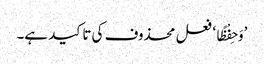
’وَحِفْظًا‘ فعل محذوف کی تاکید ہے۔